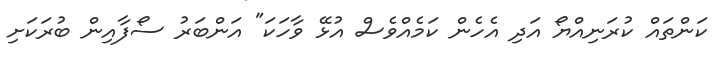
ކަންތައް ކުރަނިއްޔޯ އަދި އެހެން ކަމެއްވެސް އުޅޭ ވާހަކަ" އަންބަރު ސޯފާއިން ބުރަކަށި